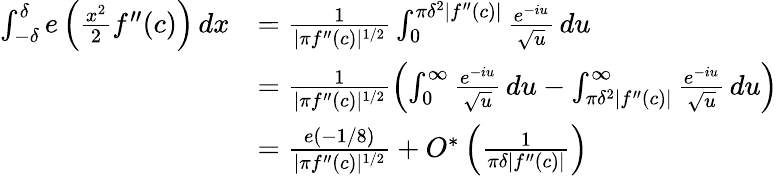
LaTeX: \begin{array}{rl}{\int_{-\delta}^{\delta}e\left(\frac{x^{2}}{2}f^{\prime\prime}(c)\right)\, dx}&{=\frac{1}{|\pi f^{\prime\prime}(c)|^{1/2}}\int_{0}^{\pi\delta^{2}|f^{\prime\prime}(c)|}\frac{e^{-iu}}{\sqrt{u}}\, du}\\ &{=\frac{1}{|\pi f^{\prime\prime}(c)|^{1/2}}\left(\int_{0}^{\infty}\frac{e^{-iu}}{\sqrt{u}}\, du-\int_{\pi\delta^{2}|f^{\prime\prime}(c)|}^{\infty}\frac{e^{-iu}}{\sqrt{u}}\, du\right)}\\ &{=\frac{e(-1/8)}{|\pi f^{\prime\prime}(c)|^{1/2}}+O^{*}\left(\frac{1}{\pi\delta|f^{\prime\prime}(c)|}\right)}\end{array}